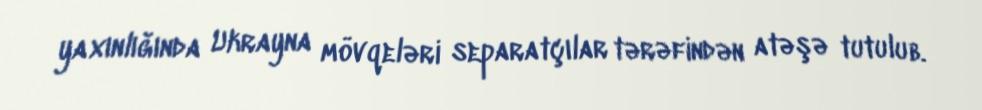
yaxınlığında Ukrayna mövqeləri separatçılar tərəfindən atəşə tutulub.